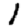
Digit: 1